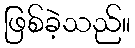
ဖြစ်ခဲ့သည်။